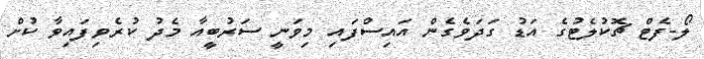
ލޯ-ފެޓް ޗޮކުލެޓުގެ އަޑު ގަދަވެގެން އައިސްފައި މިވަނީ ސަރުބީއާ މެދު ކުރެވިފައިވާ ކުށް